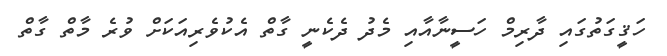
ހަޤީގަތުގައި ދާރިމް ހަސީނާއާއި މެދު ދެކެނީ ގާތް އެކުވެރިއަކަށް ވުރެ މާތް ގާތް